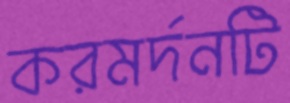
করমর্দনটি